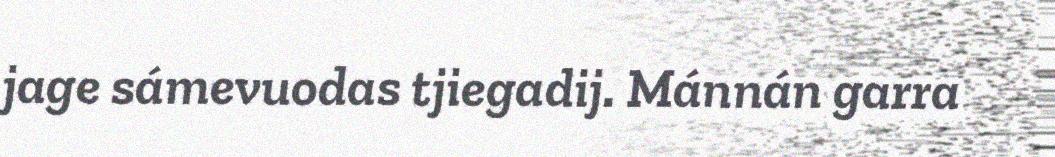
jage sámevuodas tjiegadij. Mánnán garra